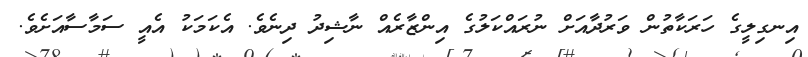
އިނގިލީގެ ހަރަކާތުން ވަރުދާއަށް ނުރައްކަލުގެ އިންޒާރެއް ނާޝިދު ދިނެވެ. އެކަމަކު އެއީ ސަމާސާއަށެވެ.